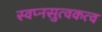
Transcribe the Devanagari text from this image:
स्वप्नसुत्वकत्व